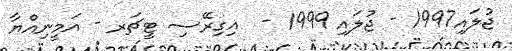
ޖުލައި1997 - ޖުލައި 1999 -  އިގިރޭސި ޓީޗަރ - އަމީނިއްޔާ